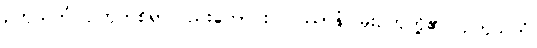
ဥတုသတံ၊ ဥတုတစ်ရာလည်းကောင်း။ ဝဿာနံ၊ မိုးဥတုတို့၏။ ဥတုသတံ၊